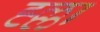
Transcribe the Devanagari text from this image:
ह्ल्ला